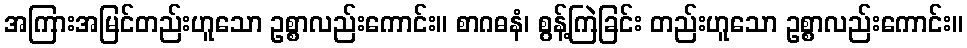
အကြားအမြင်တည်းဟူသော ဥစ္စာလည်းကောင်း။ စာဂဓနံ၊ စွန့်ကြဲခြင်း တည်းဟူသော ဥစ္စာလည်းကောင်း။